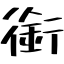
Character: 銜